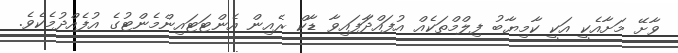
ވާށޭ މަށާއެކީ އަކީ ކާމިޔާބު ފިލްމްތަކެއް އުފައްދާަފައިވާ ޑާކް ރެއިން އެންޓަޓައިންމެންޓުގެ އުފެއްދުމެކެވެ.